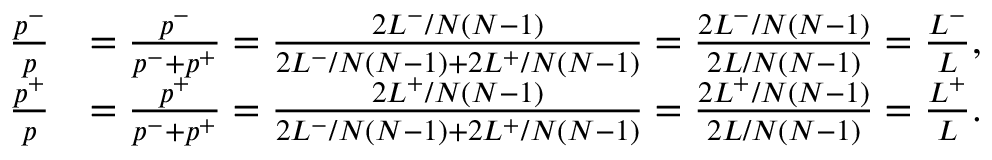
\begin{array} { r l } { \frac { p ^ { - } } { p } } & { = \frac { p ^ { - } } { p ^ { - } + p ^ { + } } = \frac { 2 L ^ { - } / N ( N - 1 ) } { 2 L ^ { - } / N ( N - 1 ) + 2 L ^ { + } / N ( N - 1 ) } = \frac { 2 L ^ { - } / N ( N - 1 ) } { 2 L / N ( N - 1 ) } = \frac { L ^ { - } } { L } , } \\ { \frac { p ^ { + } } { p } } & { = \frac { p ^ { + } } { p ^ { - } + p ^ { + } } = \frac { 2 L ^ { + } / N ( N - 1 ) } { 2 L ^ { - } / N ( N - 1 ) + 2 L ^ { + } / N ( N - 1 ) } = \frac { 2 L ^ { + } / N ( N - 1 ) } { 2 L / N ( N - 1 ) } = \frac { L ^ { + } } { L } . } \end{array}